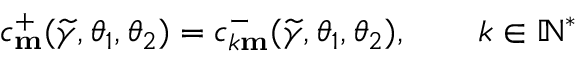
c _ { \mathbf { m } } ^ { + } ( \widetilde { \gamma } , \theta _ { 1 } , \theta _ { 2 } ) = c _ { k \mathbf { m } } ^ { - } ( \widetilde { \gamma } , \theta _ { 1 } , \theta _ { 2 } ) , \qquad k \in \mathbb { N } ^ { * }